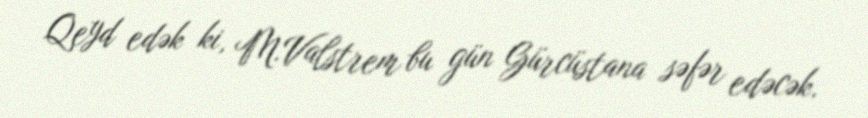
Qeyd edək ki, M.Valstrem bu gün Gürcüstana səfər edəcək.